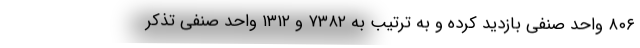
۸۰۶ واحد صنفی بازدید کرده و به ترتیب به ۷۳۸۲ و ۱۳۱۲ واحد صنفی تذکر